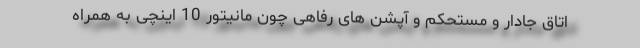
اتاق جادار و مستحکم و آپشن های رفاهی چون مانیتور 10 اینچی به همراه